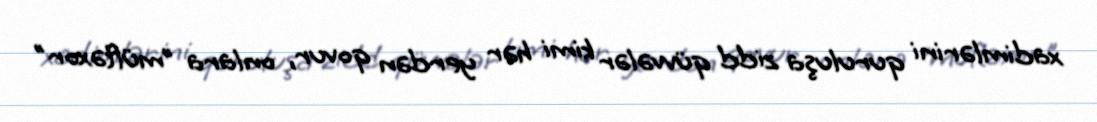
xadimlərini quruluşa zidd qüvvələr kimi hər yerdən qovur, onlara "müftəxor"